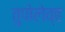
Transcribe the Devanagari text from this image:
तुपोलेव्ह